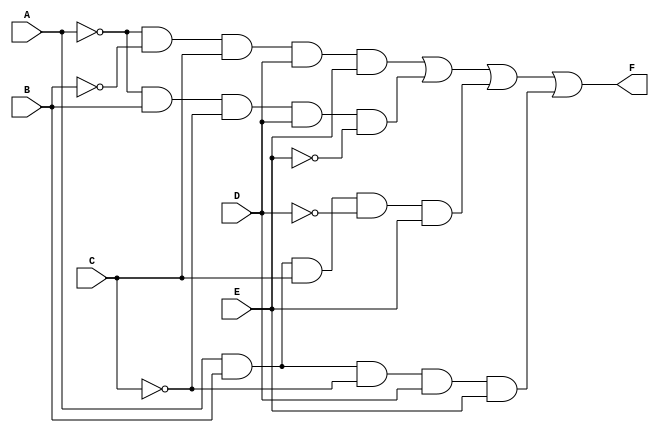
module five_variable_kmap (
    input wire A,      // First variable
    input wire B,      // Second variable
    input wire C,      // Third variable
    input wire D,      // Fourth variable
    input wire E,      // Fifth variable
    output wire F      // Output function
);

// Intermediate wires for simplified expression
wire term1, term2, term3, term4;

// Define the K-map minterms based on your specific simplification.
// Modify the terms according to your K-map groups.

// Example terms from K-map simplification (these need to be adjusted to your needs):
// Please replace the terms below based on your specific grouping from the K-map
assign term1 = (~A & ~B & C & D & E);       // minterm 0
assign term2 = (~A & B & ~C & D & ~E);      // minterm 4
assign term3 = (A & B & C & ~D & E);        // minterm 30
assign term4 = (A & B & ~C & D & E);        // minterm 27

// Final output logic based on K-map groups
assign F = term1 | term2 | term3 | term4;

endmodule